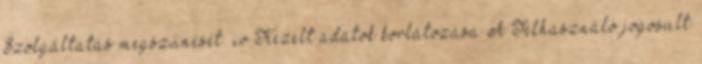
Szolgáltatás megszűnését. iv Kezelt adatok korlátozása A Felhasználó jogosult